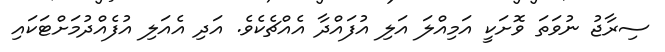
ސިރާޖު ނުވަތަ ވޮށަކީ އަމިއްލަ އަލި އުފައްދާ އެއްޗެކެވެ. އަދި އެއަލި އުފެއްދުމަށްޓަކައި